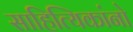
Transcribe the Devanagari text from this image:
साहित्यिकांनो